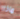
ماذا